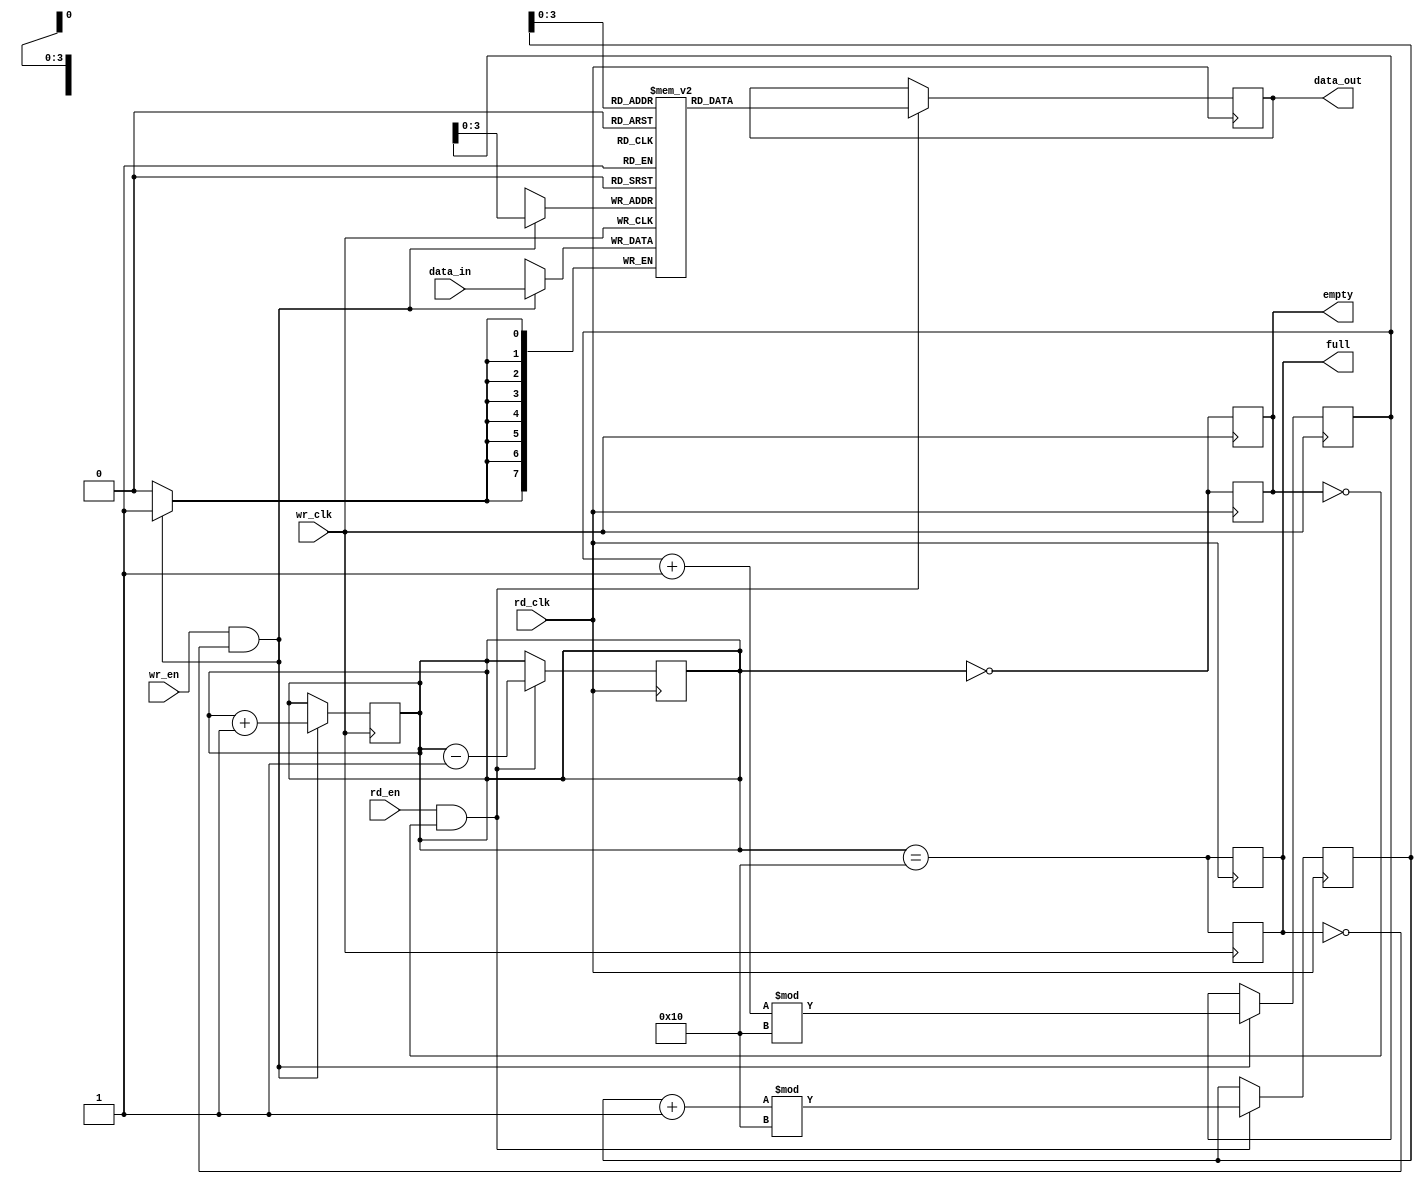
module fifo_sram #(
    parameter DATA_WIDTH = 8,  // Width of each data entry
    parameter DEPTH = 16        // Number of entries in the FIFO
) (
    input wire                  wr_clk,           // Write clock
    input wire                  rd_clk,           // Read clock
    input wire [DATA_WIDTH-1:0] data_in,          // Data input
    input wire                  wr_en,            // Write enable
    input wire                  rd_en,            // Read enable
    output reg [DATA_WIDTH-1:0] data_out,         // Data output
    output reg                  full,              // FIFO full flag
    output reg                  empty              // FIFO empty flag
);

    // Internal FIFO storage
    reg [DATA_WIDTH-1:0] fifo_mem [0:DEPTH-1];

    // Write and read pointers
    reg [31:0] wr_ptr = 0; // Write pointer
    reg [31:0] rd_ptr = 0; // Read pointer
    reg [31:0] num_elements = 0; // Number of elements in the FIFO

    // Asynchronous Write Operation
    always @(posedge wr_clk) begin
        if (wr_en && !full) begin
            fifo_mem[wr_ptr] <= data_in; // Write data to FIFO
            wr_ptr <= (wr_ptr + 1) % DEPTH; // Increment and wrap write pointer
            num_elements <= num_elements + 1; // Increment number of elements
        end
        // Update full flag
        full <= (num_elements == DEPTH);
        // Update empty flag
        empty <= (num_elements == 0);
    end

    // Asynchronous Read Operation
    always @(posedge rd_clk) begin
        if (rd_en && !empty) begin
            data_out <= fifo_mem[rd_ptr]; // Read data from FIFO
            rd_ptr <= (rd_ptr + 1) % DEPTH; // Increment and wrap read pointer
            num_elements <= num_elements - 1; // Decrement number of elements
        end
        // Update full flag
        full <= (num_elements == DEPTH);
        // Update empty flag
        empty <= (num_elements == 0);
    end
endmodule